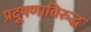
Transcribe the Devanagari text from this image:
प्रदूषणाविरुद्ध